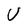
Character: U